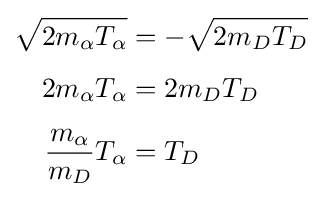
{\textstyle {\begin{aligned}{\sqrt {2m_{\alpha }T_{\alpha }}}&=-{\sqrt {2m_{D}T_{D}}}\\[4pt]2m_{\alpha }T_{\alpha }&=2m_{D}T_{D}\\[4pt]{\frac {m_{\alpha }}{m_{D}}}T_{\alpha }&=T_{D}\end{aligned}}}